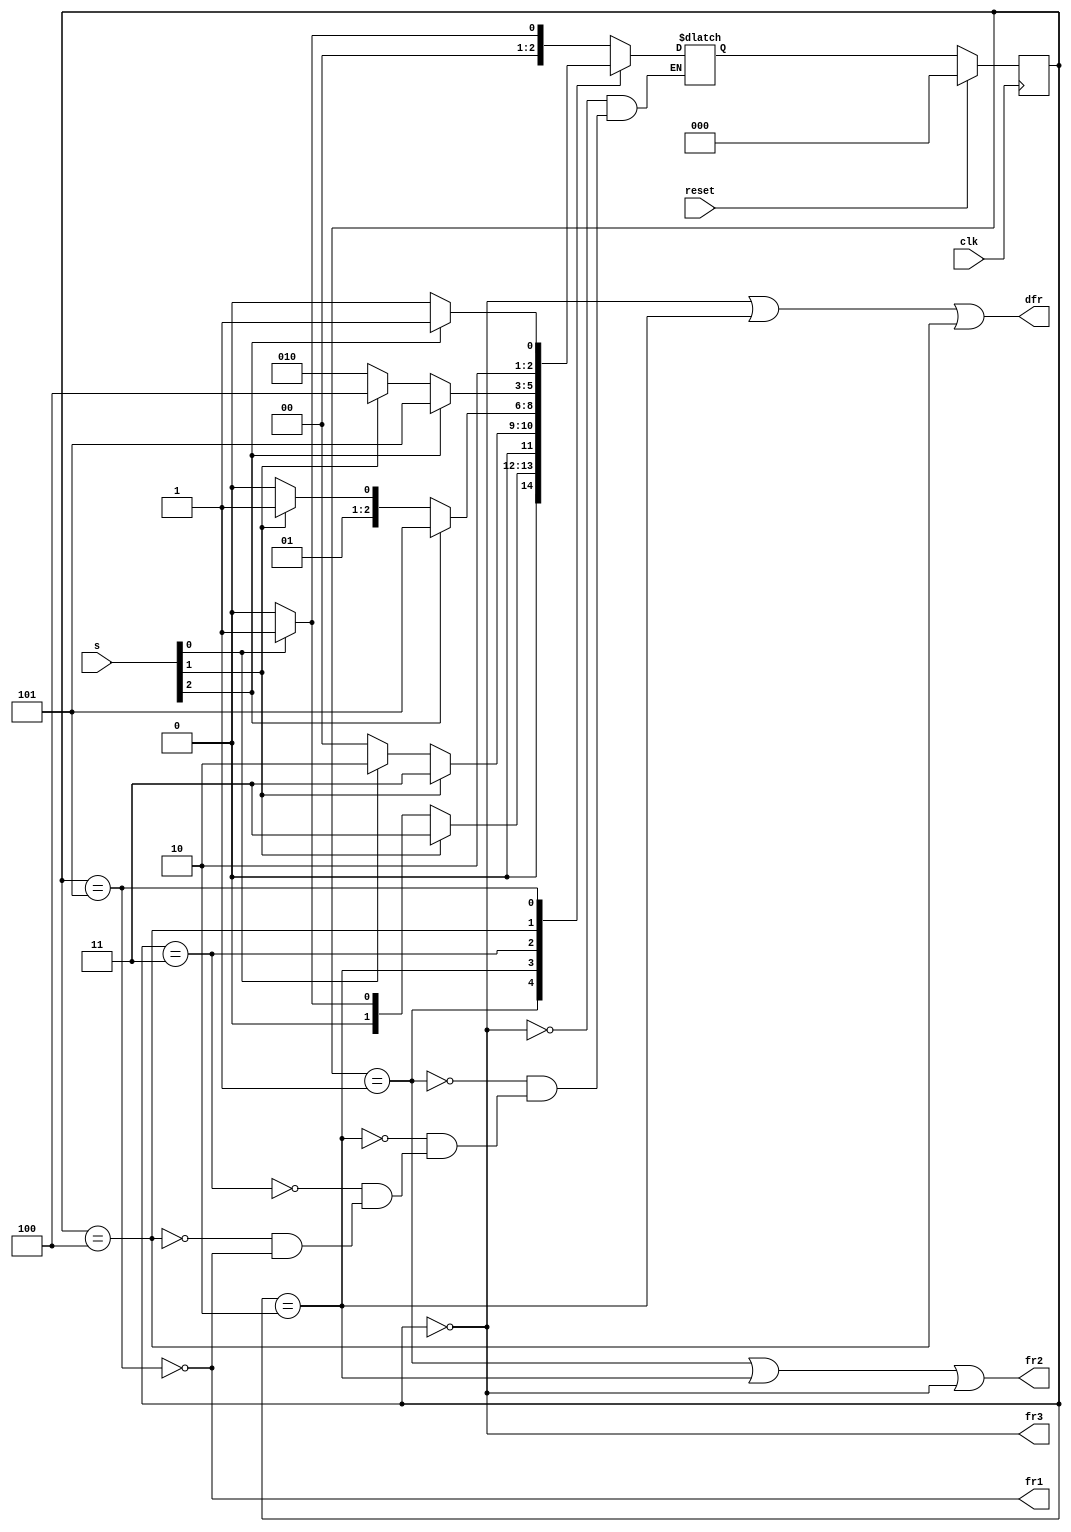
module top_module (
    input clk,
    input reset,
    input [3:1] s,
    output fr3,
    output fr2,
    output fr1,
    output dfr
); 

    parameter s0 = 0;

    parameter s0_to_s1 = 1;
    parameter s2_to_s1 = 2;

    parameter s1_to_s2 = 3;
    parameter s3_to_s2 = 4;
    
    parameter s3 = 5;

    reg [2:0] state, next_state;

    // next_state
    always @(*) begin
        case(state)
            s0: begin
                next_state = s[1] ? s0_to_s1 : s0;
            end
            s0_to_s1: begin
                next_state = s[2] ? s1_to_s2 
                           : s[1] ? s0_to_s1
                           : s0;
            end
            s2_to_s1: begin
                next_state = s[2] ? s1_to_s2 
                           : s[1] ? s2_to_s1
                           : s0;
            end 
            s1_to_s2: begin
                next_state = s[3] ? s3 
                           : s[2] ? s1_to_s2
                           : s2_to_s1;
            end             
            s3_to_s2: begin
                next_state = s[3] ? s3 
                           : s[2] ? s3_to_s2
                           : s2_to_s1;
            end
            s3: begin
                next_state = s[3] ? s3 : s3_to_s2;
            end
        endcase
    end

    always @(posedge clk) begin
        if(reset)
            state <= s0;   
        else
            state <= next_state;
    end

    assign fr1 = ~(state == s3);
    assign fr2 = (state == s0_to_s1) | (state == s2_to_s1) | (state == s0);
    assign fr3 = (state == s0);

    assign dfr = (state == s0) | (state == s2_to_s1) | (state == s3_to_s2);

endmodule